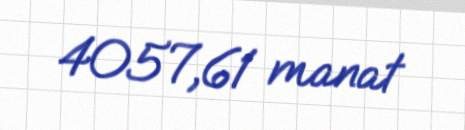
4057,61 manat